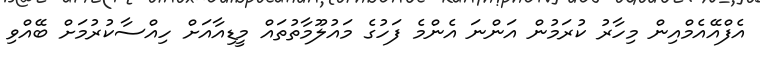
އެފްއޭއެމްއިން މިހާރު ކުރަމުން އަންނަ އެންމެ ފަހުގެ މައުލޫމާތުތައް މީޑިއާއަށް ހިއްސާކުރުމަށް ބޭއްވި